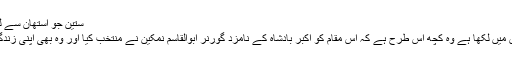
ستین جو آستھان سے لینس ڈاؤن کا نظارہ—تصویر ابراہیم کنبھر
جو کچھ اکثر محققین و مورخین نے کتابوں میں لکھا ہے وہ کچھ اس طرح ہے کہ اس مقام کو اکبر بادشاہ کے نامزد گورنر ابوالقاسم نمکین نے منتخب کیا اور وہ بھی اپنی زندگی میں اپنی آخری آرام گاہ بنانے کے لیے۔